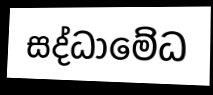
සද්ධාමේධ